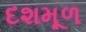
દશમૂળ